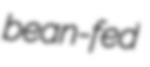
bean-fed